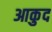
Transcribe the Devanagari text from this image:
आकुद